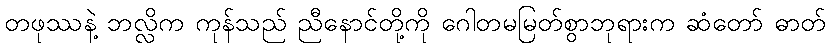
တဖုဿနဲ့ ဘလ္လိက ကုန်သည် ညီနောင်တို့ကို ဂေါတမမြတ်စွာဘုရားက ဆံတော် ဓာတ်